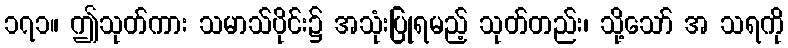
၁၇၁။ ဤသုတ်ကား သမာသ်ပိုင်း၌ အသုံးပြုရမည့် သုတ်တည်း၊ သို့သော် အ သရကို